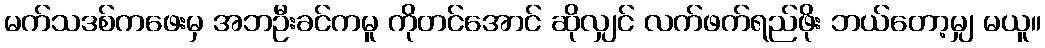
မက်သဒစ်ကဖေးမှ အဘဦးခင်ကမူ ကိုတင်အောင် ဆိုလျှင် လက်ဖက်ရည်ဖိုး ဘယ်တော့မျှ မယူ။